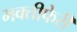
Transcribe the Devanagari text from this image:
भक्तीफेरी